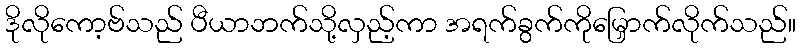
ဒိုလိုကော့ဗ်သည် ပီယာဘက်သို့လှည့်ကာ အရက်ခွက်ကိုမြှောက်လိုက်သည်။